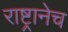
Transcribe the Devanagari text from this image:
राष्ट्रानेच